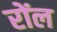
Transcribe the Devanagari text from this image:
रोंल